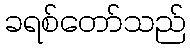
ခရစ်တော်သည်